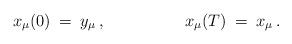
LaTeX: \begin{align*}x_{\mu}(0) \> = \>y_{\mu} \> ,\hspace{2cm} x_{\mu}(T) \> = \>x_{\mu} \> .\end{align*}